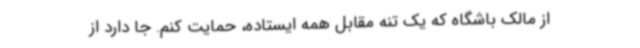
از مالک باشگاه که یک تنه مقابل همه ایستاده، حمایت کنم. جا دارد از